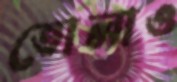
তোলাও